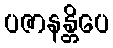
ပဇာနန္တိပေ